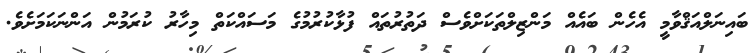
ބައިނަލްއަޤްވާމީ އެހެން ބައެއް މަންޒިލްތަކަށްވެސް ދަތުރުތައް ފުޅާކުރުމުގެ މަސައްކަތް މިހާރު ކުރަމުން އަންނަކަމަށެވެ.